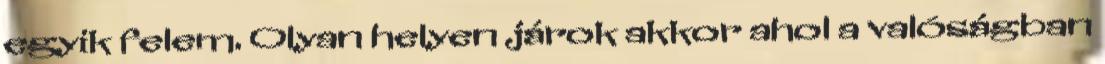
egyik felem. Olyan helyen járok akkor ahol a valóságban